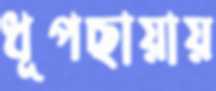
ধূপছায়ায়